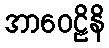
အာဝေဠိနိ